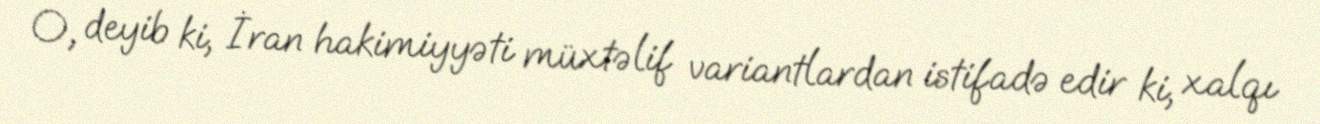
O, deyib ki, İran hakimiyyəti müxtəlif variantlardan istifadə edir ki, xalqı